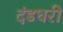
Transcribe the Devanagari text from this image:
दंडधरी